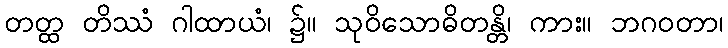
တတ္ထ တိဿံ ဂါထာယံ၊ ၌။ သုဝိသောဓိတန္တိ၊ ကား။ ဘဂဝတာ၊